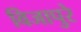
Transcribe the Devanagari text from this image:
विजापुरे